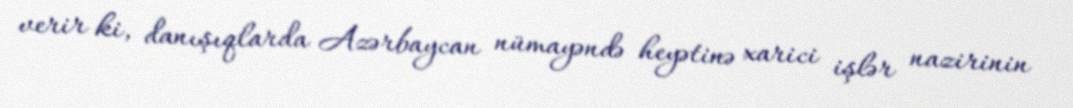
verir ki, danışıqlarda Azərbaycan nümayəndə heyətinə xarici işlər nazirinin